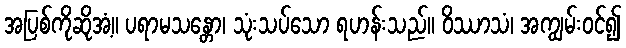
အပြစ်ကိုဆိုအံ့။ ပရာမသန္တော၊ သုံးသပ်သော ရဟန်းသည်။ ဝိဿာသံ၊ အကျွမ်းဝင်၍